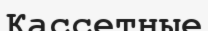
Кассетные